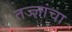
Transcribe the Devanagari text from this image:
तज्‍ज्ञांचा